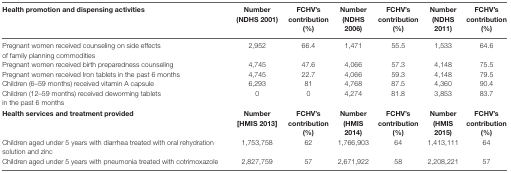
<table><thead><tr><td><b>Health promotion and dispensing activities</b></td><td><b>Number (NDHS 2001)</b></td><td><b>FCHV’s contribution (%)</b></td><td><b>Number (NDHS 2006)</b></td><td><b>FCHV’s contribution (%)</b></td><td><b>Number (NDHS 2011)</b></td><td><b>FCHV’s contribution (%)</b></td></tr></thead><tbody><tr><td>Pregnant women received counseling on side effects of family planning commodities</td><td>2,952</td><td>66.4</td><td>1,471</td><td>55.5</td><td>1,533</td><td>64.6</td></tr><tr><td>Pregnant women received birth preparedness counseling</td><td>4,745</td><td>47.6</td><td>4,066</td><td>57.3</td><td>4,148</td><td>75.5</td></tr><tr><td>Pregnant women received Iron tablets in the past 6 months</td><td>4,745</td><td>22.7</td><td>4,066</td><td>59.3</td><td>4,148</td><td>79.5</td></tr><tr><td>Children (6–59 months) received vitamin A capsule</td><td>6,293</td><td>81</td><td>4,768</td><td>87.5</td><td>4,360</td><td>90.4</td></tr><tr><td>Children (12–59 months) received deworming tablets in the past 6 months</td><td>0</td><td>0</td><td>4,274</td><td>81.8</td><td>3,853</td><td>83.7</td></tr><tr><td><b>Health services and treatment provided</b></td><td><b>Number [HMIS 2013]</b></td><td><b>FCHV’s contribution (%)</b></td><td><b>Number (HMIS 2014)</b></td><td><b>FCHV’s contribution (%)</b></td><td><b>Number (HMIS 2015)</b></td><td><b>FCHV’s contribution (%)</b></td></tr><tr><td>Children aged under 5 years with diarrhea treated with oral rehydration solution and zinc</td><td>1,753,758</td><td>62</td><td>1,766,903</td><td>64</td><td>1,413,111</td><td>64</td></tr><tr><td>Children aged under 5 years with pneumonia treated with cotrimoxazole</td><td>2,827,759</td><td>57</td><td>2,671,922</td><td>58</td><td>2,208,221</td><td>57</td></tr></tbody></table>